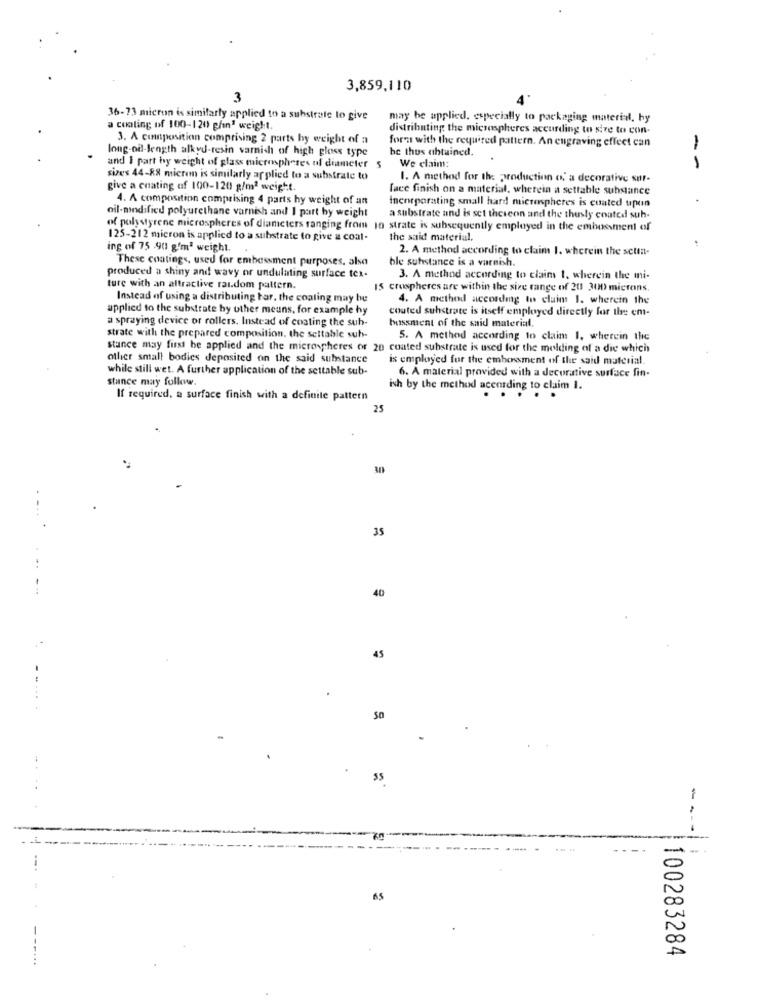
3,859,110
3
36-73 micron is similarly applied to a substrate to give
may be applied, especially to packaging material, hy
a cooling of 100-120 g/n3 weight.
distributing the microspheres accurding to size to con-
3. A conposition comprising 2 parts by weight of a
fora with the required pattern. An engraving effect can
long-od-length alkyd-resin varnish of high gloss type
bc thus ahtuined.
-
and I part by weight of glass microspheres of diameter 5
We claim
sizes 44-88 mieren is similarly applied to a substrate to
1. A method for the production o, a decorative sur-
give a coating of 100-120 g/m2 weight.
face finish on a material, wherein a settable substance
4. A composition comprising 4 parts hy weight of an
Incorporating small hard microspheres is cuated upun
oil-modified polyurethane varnish and I part by weight
a substrate and is set theicon and the thusly coated suh.
of polystyrene microspheres of diameters ranging from 10 strate is subsequently employed in the embossment of
125-212 micron is applied to a substrate to give a coat-
the said material,
ing of 75 .90 g'mª weight.
2. A method according to claim 1. wherein the setin-
These coatings, used for embassment purposes, alsa
ble substance is a varnish.
produced a shiny and wavy or undulating surface tex-
3. A method according to claim 1, wherein the mi-
ture with an attractive ras.dom pattern.
15 crospheres are within the size range of 20 300 microns.
Instead of using a distributing bar, the coating may be
4. A method accordmg to claim 1. wherein the
applied to the substrate by other means, for example hy
coated substrate is itself employed directly for the em-
a spraying device or rollers. Instead of coating the sub-
bossment of the said material.
strate with the prepared composition. the settable sub-
5. A method according to claim 1, wherein the
stance may first be applied and the microspheres or 20 coated substrate is used for the melding of a die which
other small bodies deposited on the said substance
is employed for the embossment of the said material.
while still wet. A further application of the settable sub-
6. A material provided with a decorative surface fin-
stance may follow.
ish by the method acentding to claim I.
If required, a surface finish with a definite pattern
...
25
- -
35
40
45
50
55
---
....
100283284